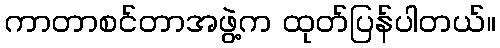
ကာတာစင်တာအဖွဲ့က ထုတ်ပြန်ပါတယ်။